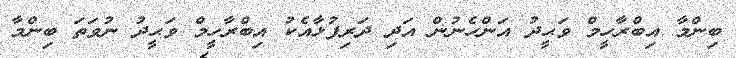
ބިންމާ އިބްރާހީމް ވަޙީދު އަންހެނުން އަދި ދަރިފުޅާއެކު އިބްރާހީމް ވަޙީދު ނުވަތަ ބިންމާ